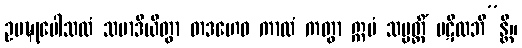
ဥပဍ္ဎုပေါသထံ သမာဒိယိတွာ တဒဟေဝ ကာလံ ကတွာ ဣမံ သမ္ပတ္တိံ ပဋိလဘိ”န္တိ။